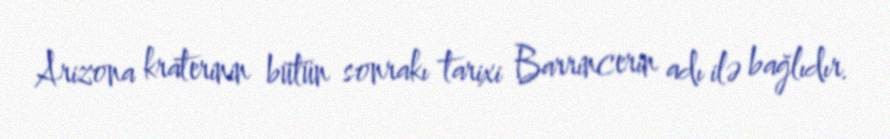
Arizona kraterinin bütün sonrakı tarixi Barrincerin adı ilə bağlıdır.